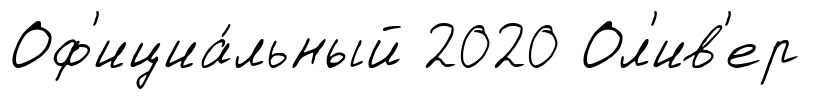
Оф'ициа́льный 2020 Ол'ив'ер